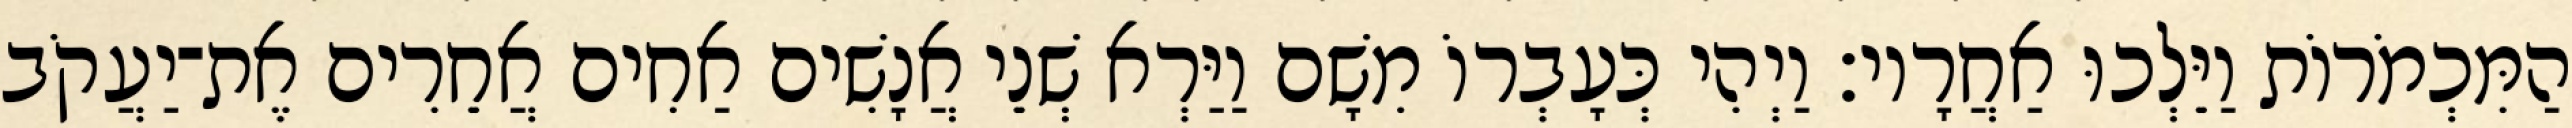
הַמִּכְמֹרוֹת וַיֵּלְכוּ אַחֲרָיו׃ וַיְהִי כְּעָבְרוֹ מִשָׁם וַיַּרְא שְׁנֵי אֲנָשִׁים אַחִים אֲחֵרִים אֶת־יַעֲקֹב